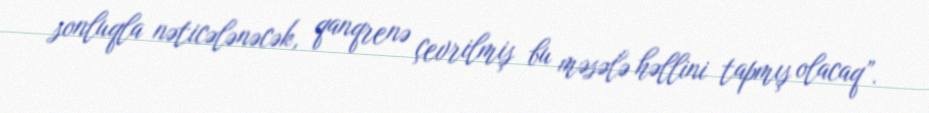
sonluqla nəticələnəcək, qanqrenə çevrilmiş bu məsələ həllini tapmış olacaq”.